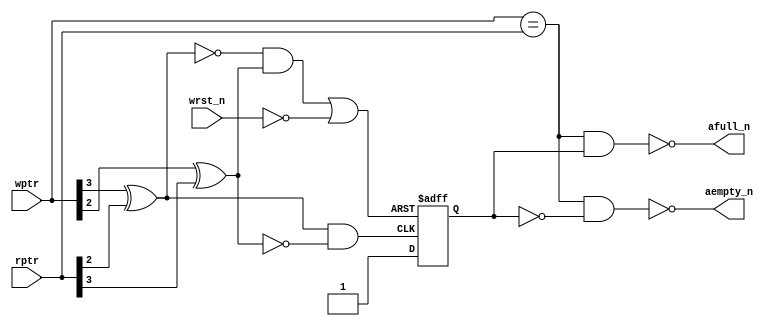
module ASYNC_CMP #(parameter ASIZE = 4)
(
input                  wrst_n,               //write reset
input [ASIZE-1:0]      wptr,                 //write address
input [ASIZE-1:0]      rptr,                 //read address
output                 aempty_n,             //almost empty
output                 afull_n               //almost full
);

reg     direction;

wire    dirset_n = ~( (wptr[ASIZE-1]^rptr[ASIZE-2]) & ~(wptr[ASIZE-2]^rptr[ASIZE-1]) );
wire    dirclr_n = ~( ( ~(wptr[ASIZE-1]^rptr[ASIZE-2]) & (wptr[ASIZE-2]^rptr[ASIZE-1]) ) | ~wrst_n );

always @(negedge dirset_n or negedge dirclr_n)
		if(dirclr_n == 1'b0)
			direction <= 1'b0;                //going empty
	    else
			direction <= 1'b1;                //going full

assign  aempty_n = ~( (wptr == rptr) & (direction == 1'b0) );
assign  afull_n = ~( (wptr == rptr) & (direction == 1'b1) );

endmodule